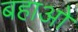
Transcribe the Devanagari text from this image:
बहाओ